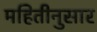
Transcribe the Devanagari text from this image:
महितीनुसार